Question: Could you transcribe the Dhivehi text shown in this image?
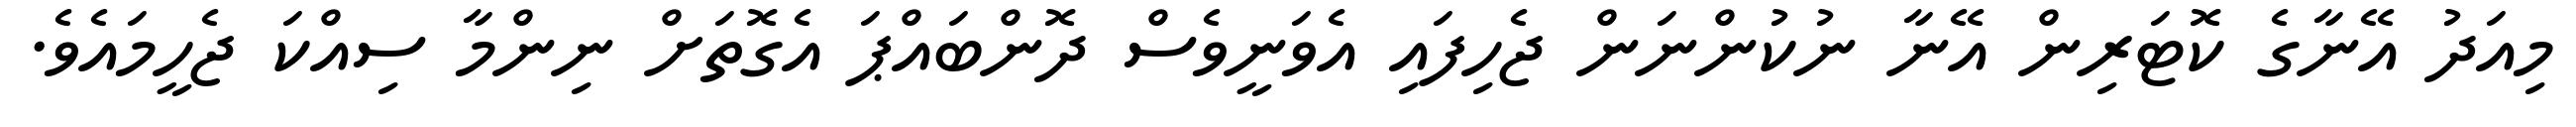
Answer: މިއަދު އޭނާގެ ކޮޓަރިން އޭނާ ނުކުންނަން ޖެހިފައި އެވަނީވެސް ދޮންބައްޕަ އެގޮތަށް ނިންމާ ސިއްކަ ޖެހީމައެވެ.